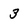
Character: 3